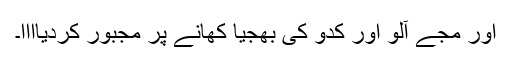
اور مُجے آلو اور کدّو کی بھجیا کھانے پر مجبور کردیاااا۔